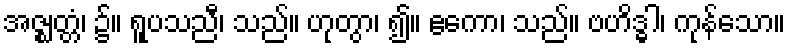
အဇ္ဈတ္တံ၊ ၌။ ရူပသညီ၊ သည်။ ဟုတွာ၊ ၍။ ဧကော၊ သည်။ ဗဟိဒ္ဓါ၊ ကုန်သော။